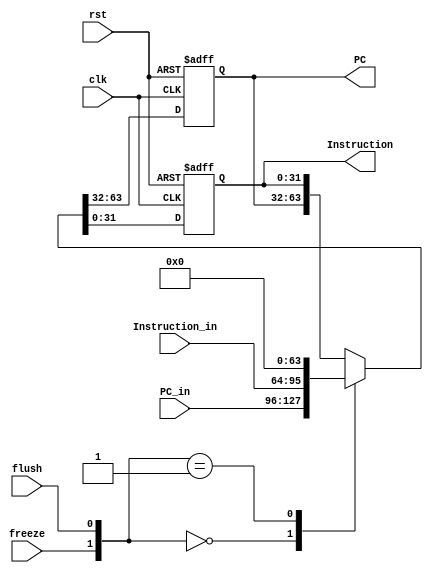
module IF_Stage_Reg (clk, rst, freeze, flush, PC_in, Instruction_in, PC, Instruction);
  
  input [31:0] PC_in, Instruction_in;
  input clk, rst, freeze, flush;
  output reg [31:0] PC, Instruction;
  
  always @(posedge clk, posedge rst) begin
    if(rst) {PC, Instruction} <= 64'h0;
    else begin
      case({freeze, flush})
        2'b00: {PC, Instruction} <= {PC_in, Instruction_in};
        2'b01: {PC, Instruction} <= 64'h0;
        default: {PC, Instruction} <= {PC, Instruction};
      endcase
    end
  end
  
endmodule